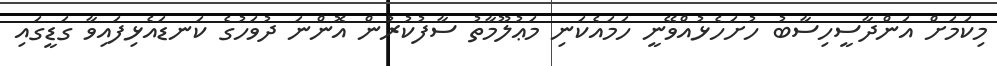
މިކަމަށް އަންދާސީހިސާބު ހުށަހެޅުއްވޭނީ ހަމައެކަނި މަޢުލޫމާތު ސާފުކުރުން އޮންނަ ދުވަހުގެ ކަނޑައެޅިފައިވާ ގަޑީގައި